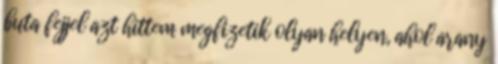
buta fejjel azt hittem megfizetik olyan helyen, ahol arany